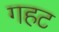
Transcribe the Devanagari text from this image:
गहट